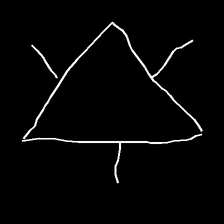
Glyph: fire